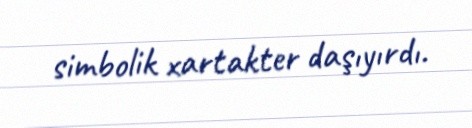
simbolik xartakter daşıyırdı.